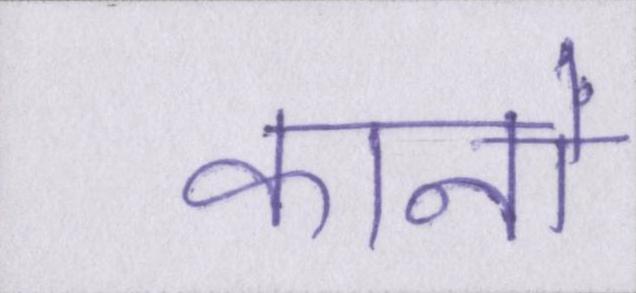
कानों